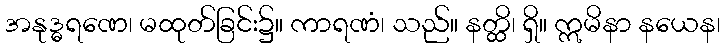
အနုဒ္ဓရဏေ၊ မထုတ်ခြင်း၌။ ကာရဏံ၊ သည်။ နတ္ထိ၊ ရှိ။ ဣမိနာ နယေန၊